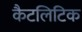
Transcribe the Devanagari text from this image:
कैटलिटिक